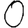
Digit: 0